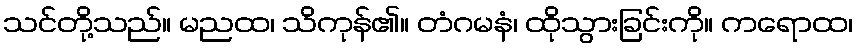
သင်တို့သည်။ မညထ၊ သိကုန်၏။ တံဂမနံ၊ ထိုသွားခြင်းကို။ ကရောထ၊